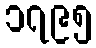
၁၇၉၅